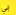
بي